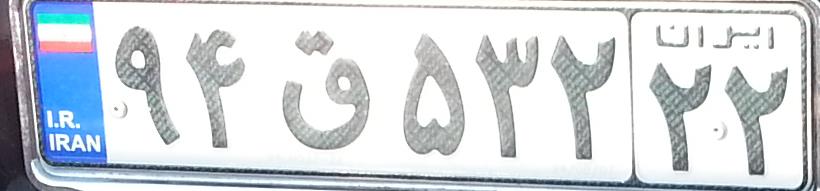
۹۴ق۵۳۲۲۲